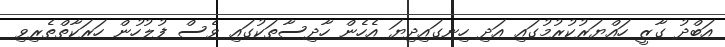
އަބްދު ގާޒީ ހައްޔަރުކުރުމުގައި އަދި ހިނގައިދިޔަ އެހެން ހާދިސާތަކުގައި ވެސް ފުލުހުން ހަރަކާތްތެރިވި